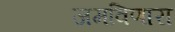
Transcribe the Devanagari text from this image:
जमविणारा